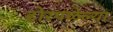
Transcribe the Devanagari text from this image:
होरपळेल्या